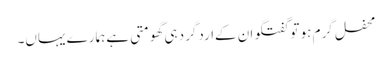
محفل گرم ہو تو گفتگو ان کےاردگرد ہی گھومتی ہے ہمارے یہاں۔